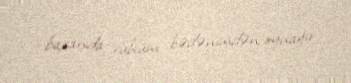
baxanda ruhum bədənimdən oynayır.